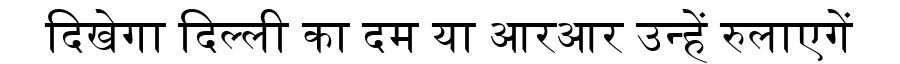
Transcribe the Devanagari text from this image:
दिखेगा दिल्ली का दम या आरआर उन्हें रुलाएगें